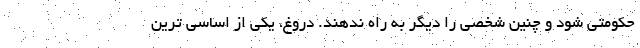
حکومتی شود و چنین شخصی را دیگر به راه ندهند. دروغ، یکی از اساسی ترین